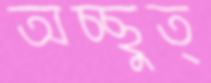
অচ্ছুত্